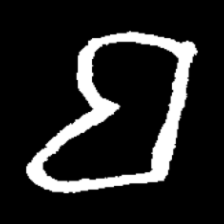
Pyu character \u2014 Myanmar letter: ဗ (romanized: ba)